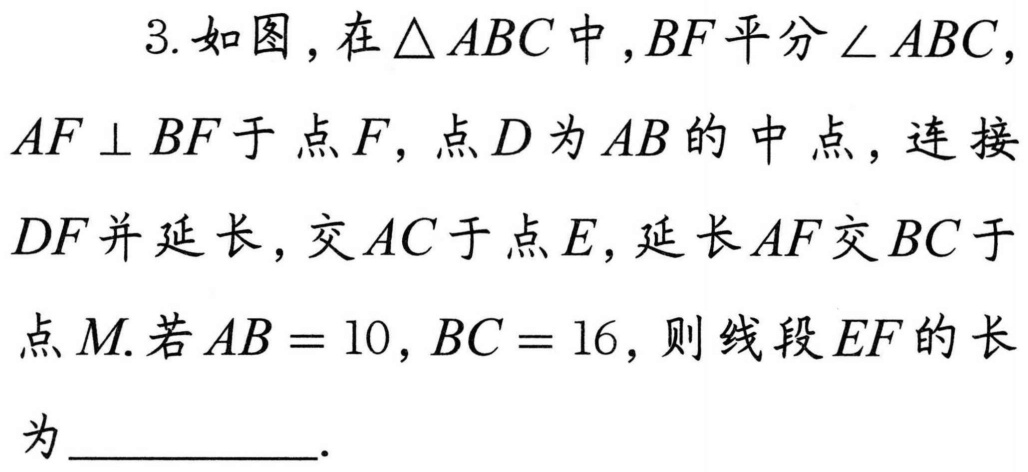
3. 如图，在 \(\triangle ABC\) 中，\(BF\) 平分 \(\angle ABC\)，\(AF\perp BF\) 于点 \(F\)，点 \(D\) 为 \(AB\) 的中点，连接 \(DF\) 并延长，交 \(AC\) 于点 \(E\)，延长 \(AF\) 交 \(BC\) 于点 \(M\). 若 \(AB = 10\)，\(BC = 16\)，则线段 \(EF\) 的长为  ．